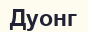
Дуонг